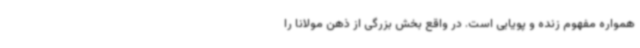
همواره مفهوم زنده و پویایی است. در واقع بخش بزرگی از ذهن مولانا را